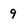
Character: 9